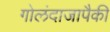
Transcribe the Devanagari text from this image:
गोलंदाजापैकी